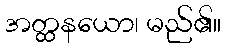
အတ္ထနယော၊ မည်၏။